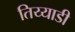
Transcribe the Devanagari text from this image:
तिय्याडी